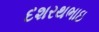
દશરથભાઇ